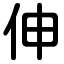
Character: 伸